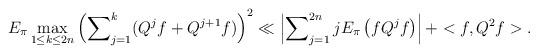
LaTeX: \begin{align*}E_{\pi}\max_{1\leq k\leq2n}\left( \sum\nolimits_{j=1}^{k}(Q^{j}f+Q^{j+1}f)\right) ^{2}\ll\left\vert \sum\nolimits_{j=1}^{2n}jE_{\pi}\left(fQ^{j}f\right) \right\vert +<f,Q^{2}f>. \end{align*}